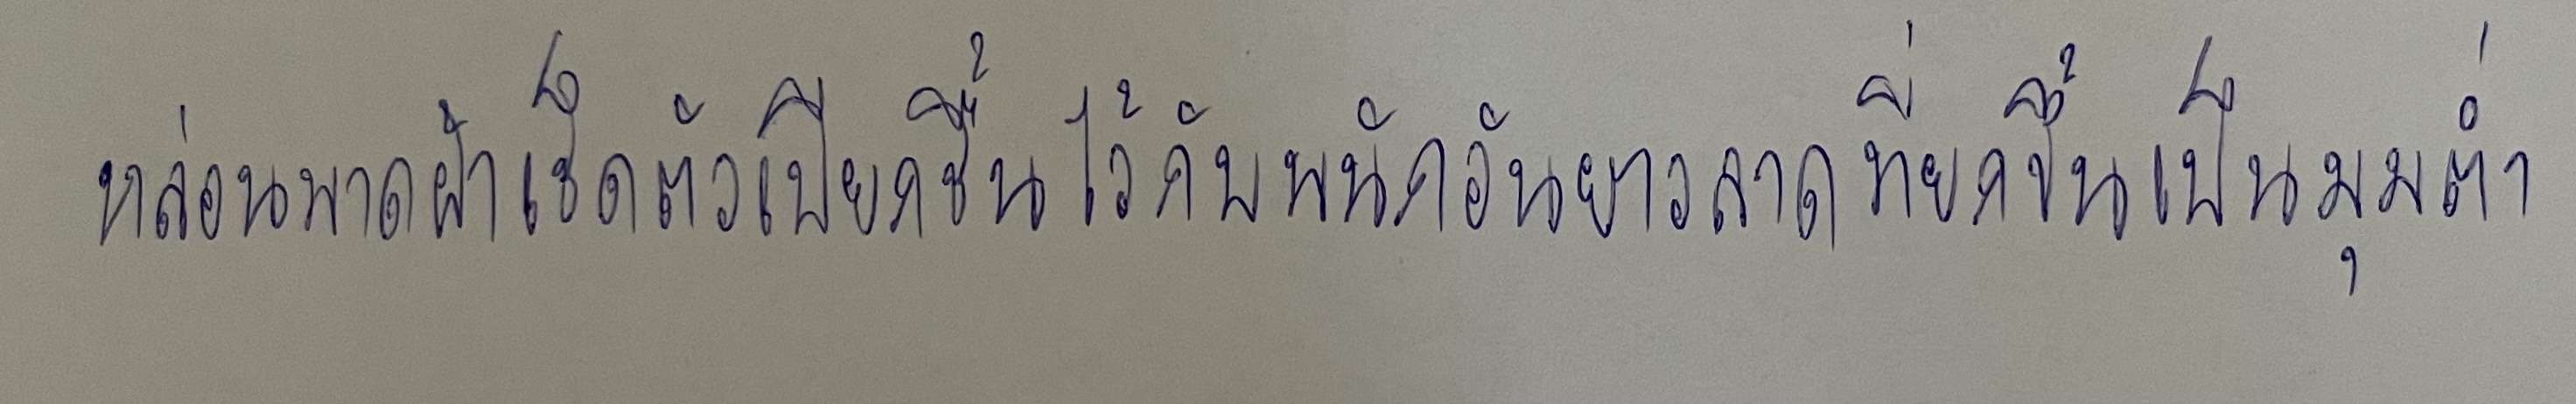
หล่อนพาดผ้าเช็ดตัวเปียกชื้นไว้กับพนักอันยาวลาดที่ยกขึ้นเป็นมุมต่ำ